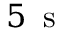
5 \, \mathrm { ~ s ~ }